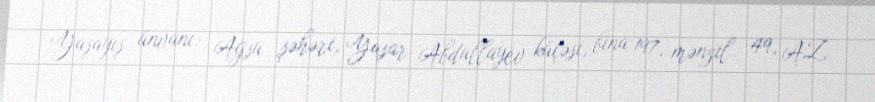
Yaşayış ünvanı: Ağsu şəhəri, Yaşar Abdullayev küçəsi, bina 197, mənzil 49, AZ